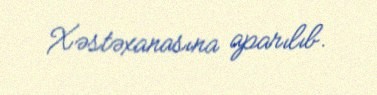
Xəstəxanasına aparılıb.